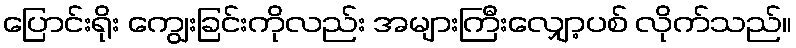
ပြောင်းရိုး ကျွေးခြင်းကိုလည်း အများကြီးလျှော့ပစ် လိုက်သည်။